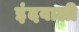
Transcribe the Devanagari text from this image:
इंदवाली